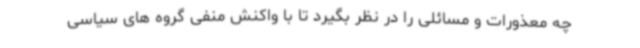
چه معذورات و مسائلی را در نظر بگیرد تا با واکنش منفی گروه های سیاسی